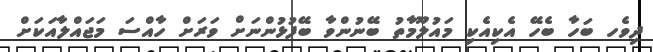
ދިވެހ ބަހާ ބެހޭ އެކިއެކި މައުލޫމާތު ބޭނުންވާ ބޭފުޅުންނަށް ވަރަށް ހާއްސަ މަޖައްލާއަކަށް